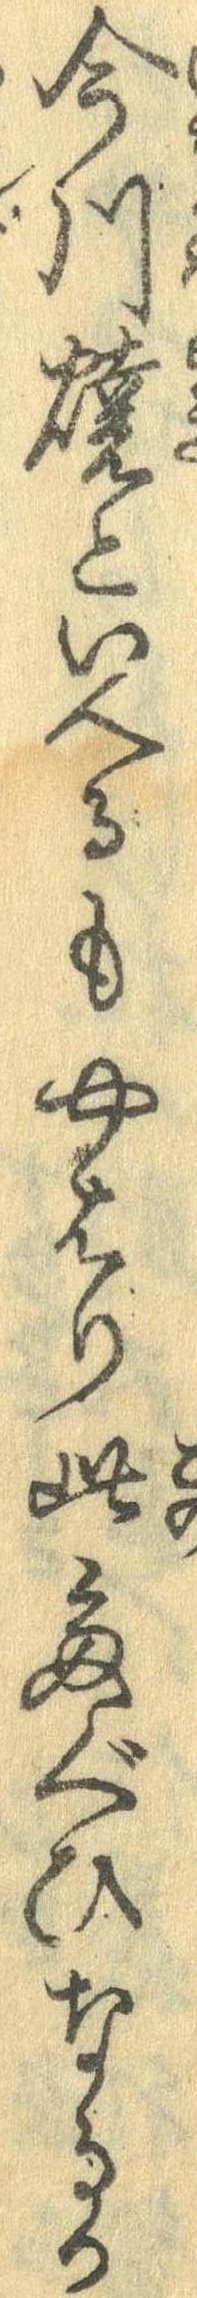
今川焼といへるもやはり此たぐひなるか